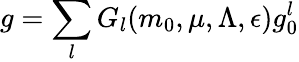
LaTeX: g=\sum_{l}G_{l}(m_{0},\mu,\Lambda,\epsilon)g_{0}^{l}